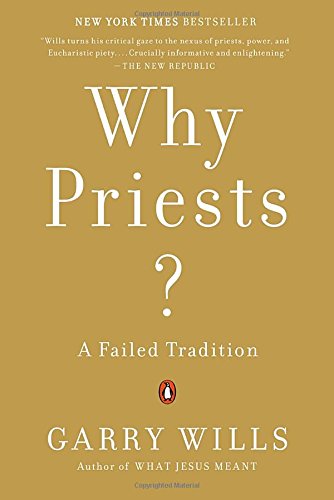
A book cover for Why Priests?: A Failed Tradition; Garry Wills; Christian Books & Bibles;